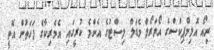
ރިއޯ އޮލިމްޕިކްސްގެ އޯވަރޯލް މެޑަލް ލިސްޓުގެ އެންމެ ކުރީގައި އެމެރިކާގެ ފަހަތުން އޮތީ